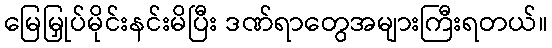
မြေမြှုပ်မိုင်းနင်းမိပြီး ဒဏ်ရာတွေအများကြီးရတယ်။